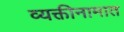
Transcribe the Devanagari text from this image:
व्यक्तीनामात